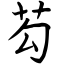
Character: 芶